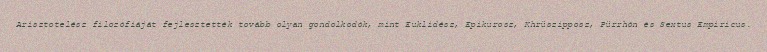
Arisztotelész filozófiáját fejlesztették tovább olyan gondolkodók, mint Euklidész, Epikurosz, Khrüszipposz, Pürrhón és Sextus Empiricus.